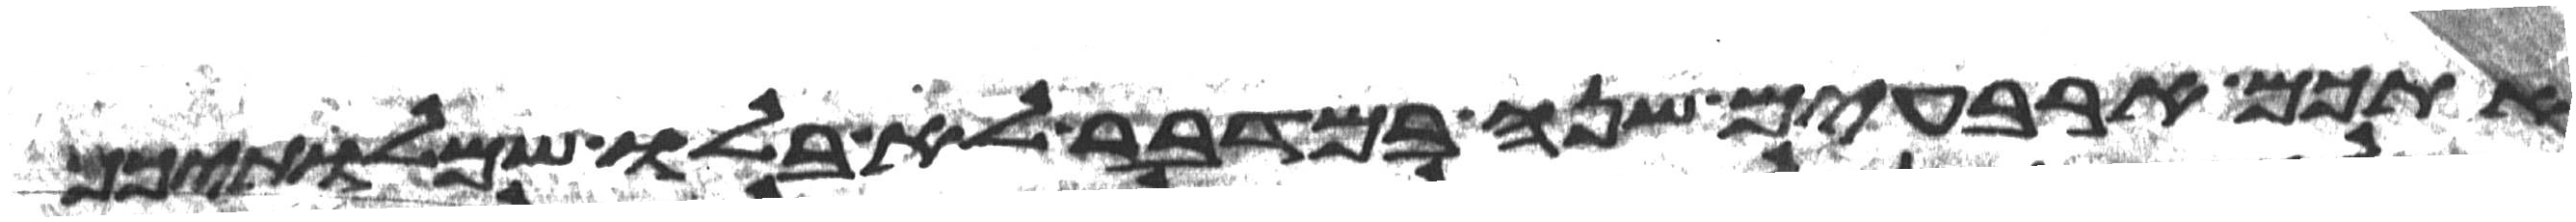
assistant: אתכם ארבעים שנה במדבר לא בלו שמלתיכם